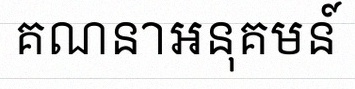
គណនាអនុគមន៍